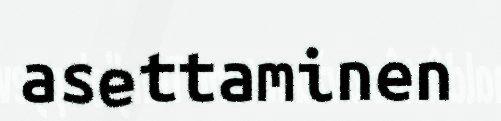
asettaminen